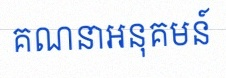
គណនាអនុគមន៍